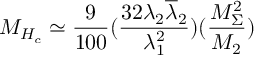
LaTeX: M _ { H _ { c } } \simeq \frac { 9 } { 1 0 0 } ( \frac { 3 2 \lambda _ { 2 } \overline { { { \lambda } } } _ { 2 } } { \lambda _ { 1 } ^ { 2 } } ) ( \frac { M _ { \Sigma } ^ { 2 } } { M _ { 2 } } )